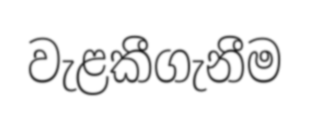
වැළකීගැනීම